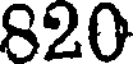
820